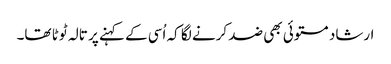
ارشاد مستوئی بھی ضد کرنے لگا کہ اُسی کے کہنے پر تالہ ٹوٹا تھا۔